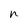
Character: n